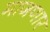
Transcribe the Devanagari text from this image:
माजणार